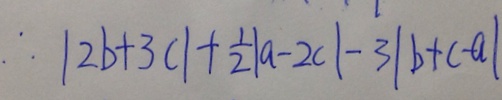
\therefore \vert 2 b + 3 c \vert + \frac { 1 } { 2 } \vert a - 2 c \vert - 3 \vert b + c - a \vert